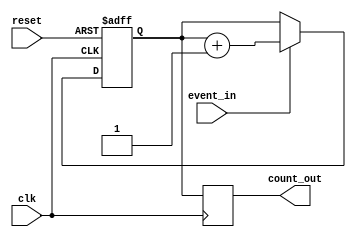
module event_counter (
    input wire clk,          // Clock signal
    input wire reset,        // Active-high reset signal
    input wire event_in,     // Event input signal
    output reg [7:0] count_out // 8-bit count output
);

    // Counter register
    reg [7:0] count_reg;

    // State update and counting logic
    always @(posedge clk or posedge reset) begin
        if (reset) begin
            // Reset the counter to zero
            count_reg <= 8'b0;
        end else if (event_in) begin
            // Increment the counter on the rising edge of event_in
            count_reg <= count_reg + 1;
        end
    end

    // Output current count value
    always @(posedge clk) begin
        count_out <= count_reg;
    end

endmodule